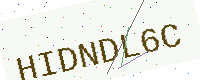
Text: HIDNDL6C